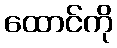
ထောင်ကို